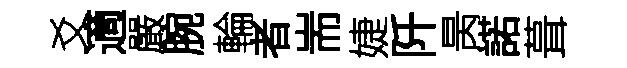
爻適嚴腕輪者耑婕阡昺諾葺